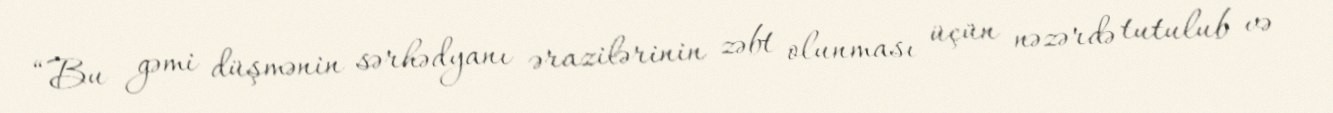
“Bu gəmi düşmənin sərhədyanı ərazilərinin zəbt olunması üçün nəzərdə tutulub və